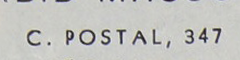
C. POSTAL, 347